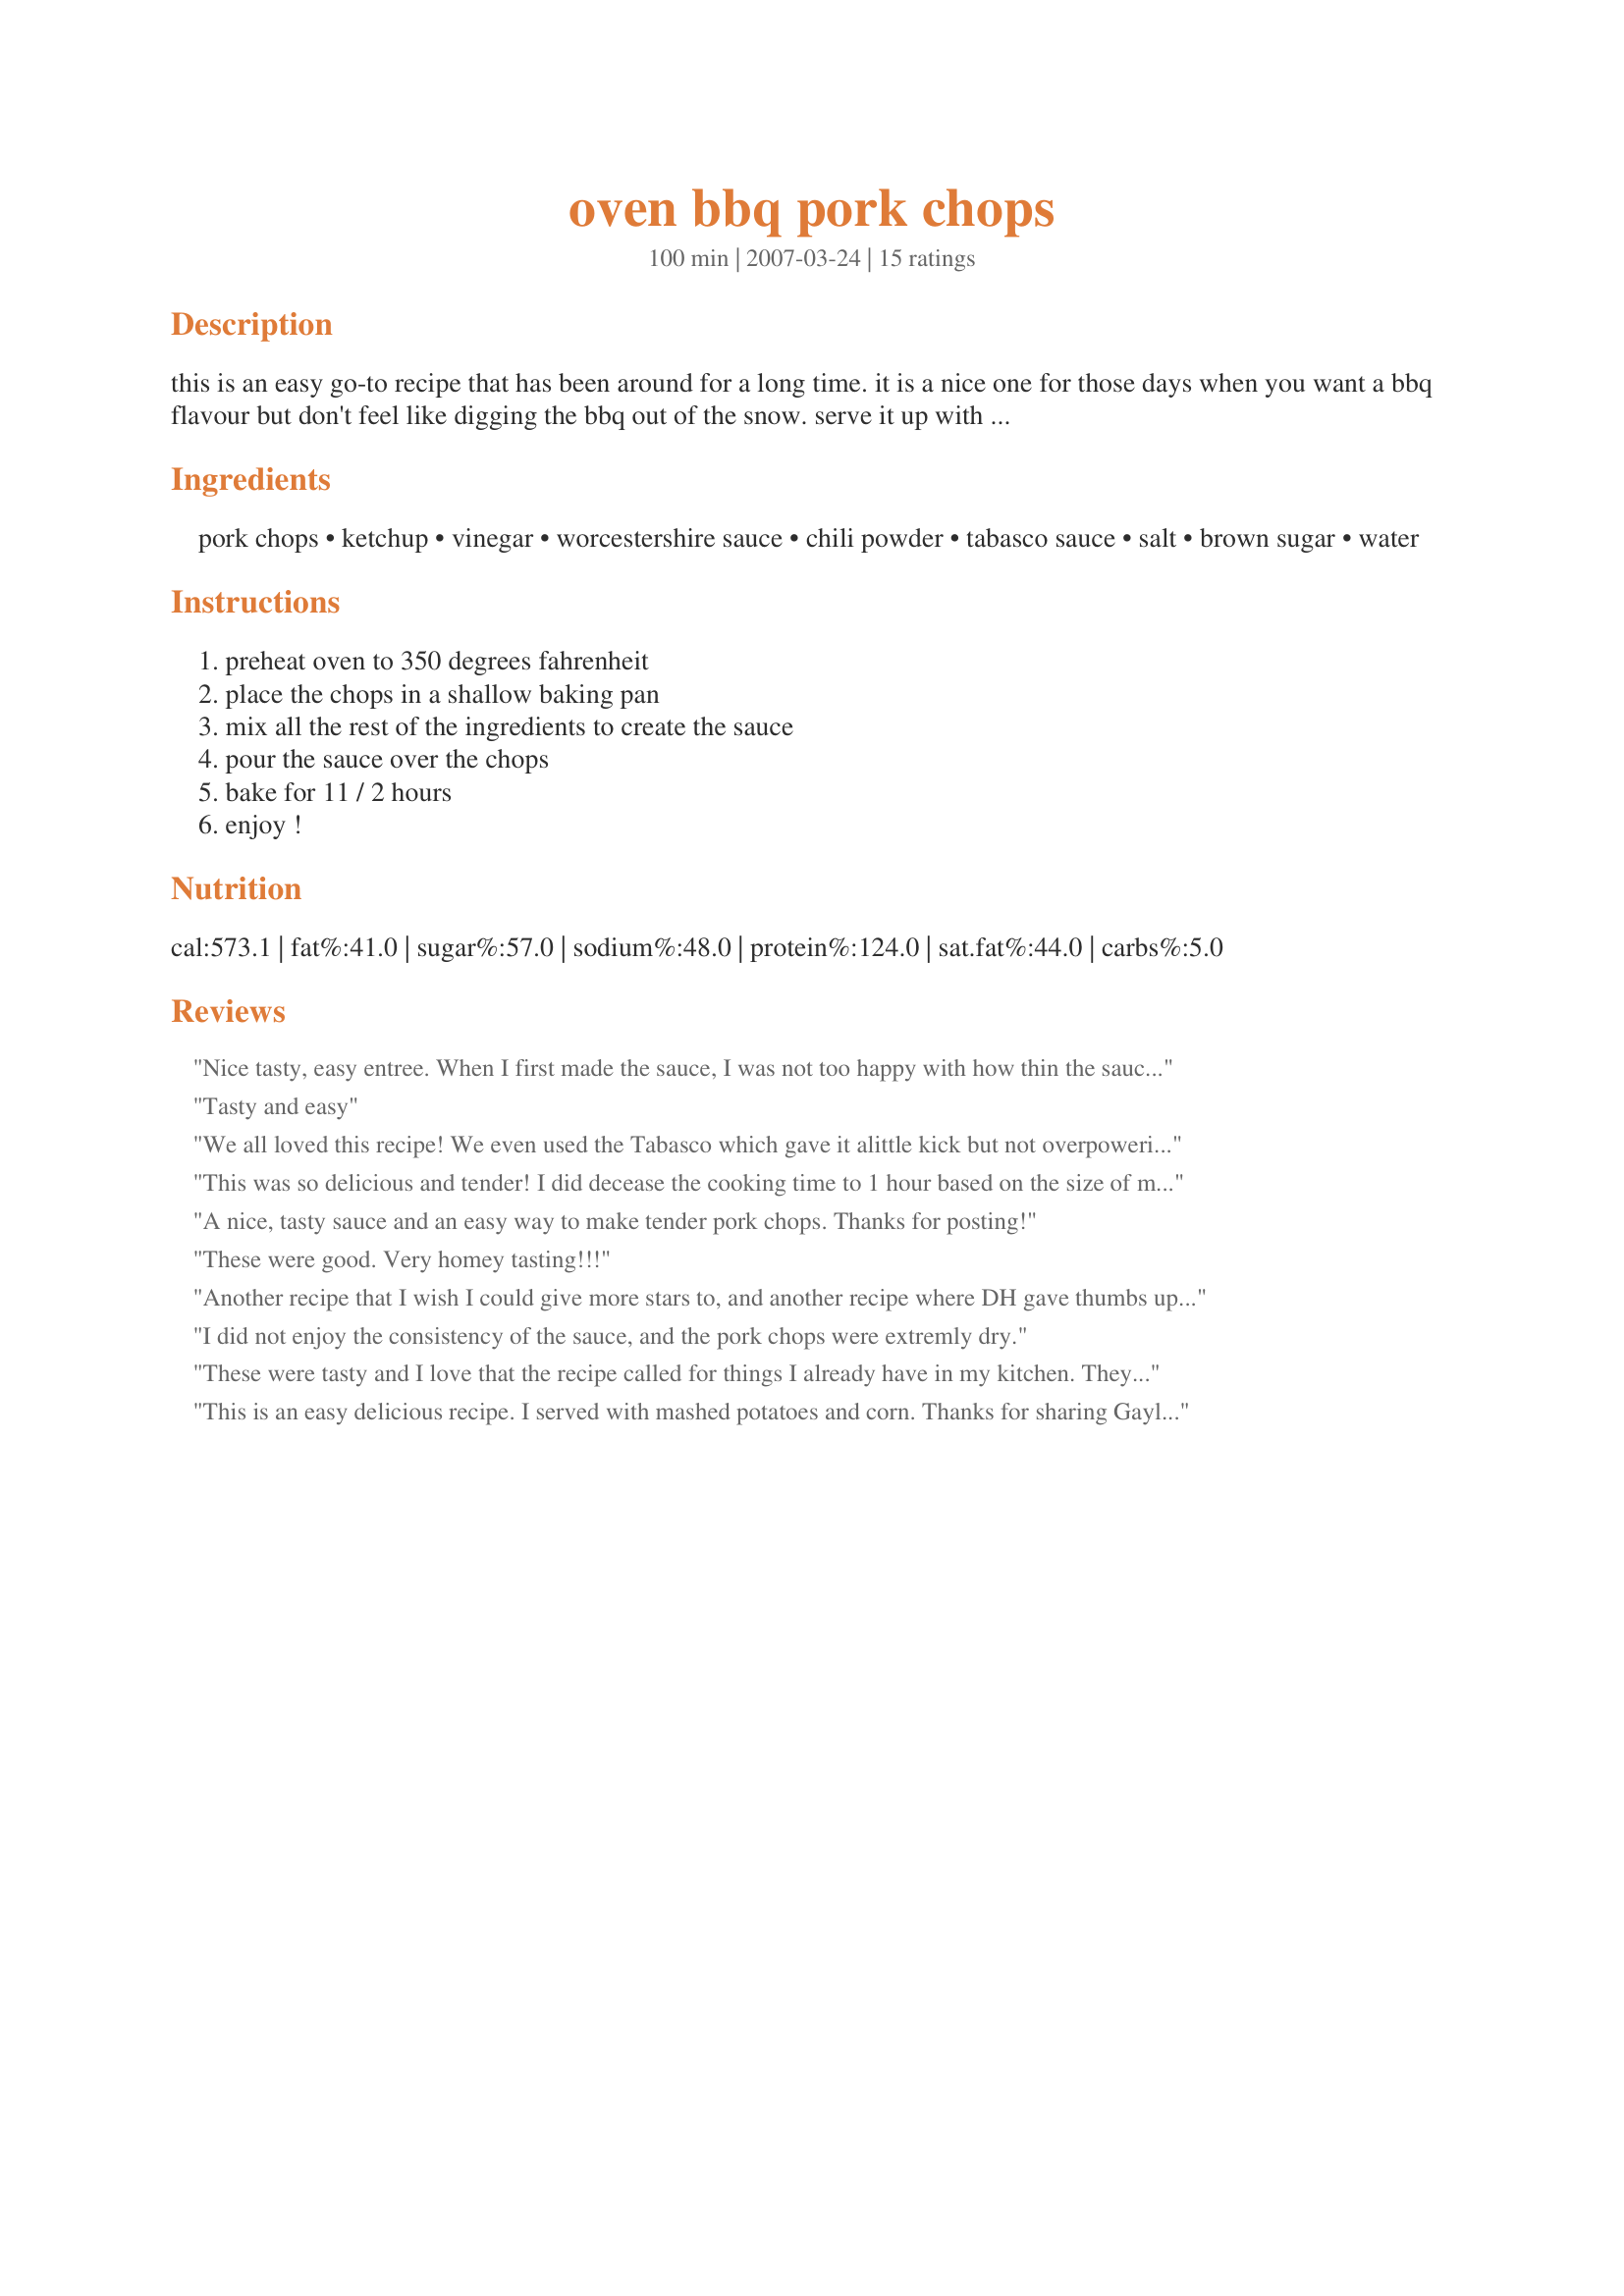
oven bbq pork chops
Preparation time: 100 minutes

this is an easy go-to recipe that has been around for a long time. it is a nice one for those days when you want a bbq flavour but don't feel like digging the bbq out of the snow. serve it up with some fluffy rice and a tossed salad.

Ingredients:
pork chops, ketchup, vinegar, worcestershire sauce, chili powder, tabasco sauce, salt, brown sugar, water

Steps:
preheat oven to 350 degrees fahrenheit, place the chops in a shallow baking pan, mix all the rest of the ingredients to create the sauce, pour the sauce over the chops, bake for 11 / 2 hours, enjoy !

Reviews:
Nice tasty, easy entree. When I first made the sauce, I was not too happy with how thin the sauce turned out. I also thought the vinegar was a little overwhelming, but I have that problem with recipes that use vinegar, so I normally reduce the amount once I try the recipe. So to try to balance out the vinegar taste, I added another tablespoon of brown sugar. Next time I'll reduce the vinegar and leave the brown sugar amount as written. Overall, the aroma drove me crazy as the chops were cooking. I was so tempted to pull them out early but didnt. I did turn them once at the halfway point during cooking. The chops were extremely tender and very moist and the sauce turned out very good. This is not a "blow you out of the water" dish, but its good comfort food, that I will make again. It's worth trying and thank you for sharing with us.
Tasty and easy
We all loved this recipe! We even used the Tabasco which gave it alittle kick but not overpowering and too spicy. The pork chops were very moist. Thanks Laffer
This was so delicious and tender! I did decease the cooking time to 1 hour based on the size of my chops. They were nice and tender and full of flavor. We enjoyed the sweetness of this dish and plan to prepare it often. Thanks for posting. Made for Spring PAC 2011
A nice, tasty sauce and an easy way to make tender pork chops. Thanks for posting!
These were good. Very homey tasting!!!
Another recipe that I wish I could give more stars to, and another recipe where DH gave thumbs up. I fudged on the amounts for the sauce ingreds, but it turned out just fine. I also only used 2 VERY thick pork chops, so I baked them for an additional 10 minutes and let them rest for 10 minutes. Thanks for a keeper !
I did not enjoy the consistency of the sauce, and the pork chops were extremly dry.
These were tasty and I love that the recipe called for things I already have in my kitchen. They did smell heavenly cooking. I was a little unsure of adding the water. I had 8 pork chops so I doubled the sauce to make sure that I would have some to use over the meat. I don&#039;t think that was necessary. Or, maybe I could have doubled everything except for the extra cup of water. It made a LOT of sauce so think next time I will not double it. Pretty good and a nice, easy dish to put together.
This is an easy delicious recipe. I served with mashed potatoes and corn. Thanks for sharing Gayla, Made for PAC Spring 2010.
These had a great taste to them, and smelled great while baking. However, I think the cooking time was too long for my chops/oven, they came out dry. I'll shorten the time next time I make them.
I'll also add the Tabasco next time, didn't have any on hand.
Made for Spring PAC 2009. These were wonderful and we really enjoyed them. Served them with rice and green beans. I did, however, make them in my crock pot because of time issues. The only thing that I did different was to leave out the water and they were perfect. Thanks for posting this Gayla!
These pork chops are delicious. I have a recipe that is almost the same but I made them exactly as written. Flavor is great, pork chops come out tender. I turned them once during baking to get the sauce on both sides. Served it with recipe #200897, a recipe I tagged in a game, and cole slaw. It's a keeper.
Hi, It's a good simple dinner for weeknights. Thanks for the suggestion.
I find that pork chops can be challenging to make since they can get too dry, but this recipe was easy and created a moist flavorful chop. I was only making one (but it was really big & thick), so I cut the sauce into 1/2 (I'd rather have too much sauce than too little). I followed the recipe exactly except for leaving out the Tabasco. It really did duplicate the BBQ sauce flavor in the oven.
